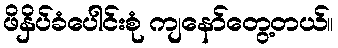
ဖိနှိပ်ခံပေါင်းစုံ ကျနော်တွေ့တယ်။